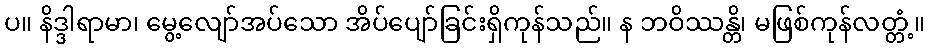
ပ။ နိဒ္ဒါရာမာ၊ မွေ့လျော်အပ်သော အိပ်ပျော်ခြင်းရှိကုန်သည်။ န ဘဝိဿန္တိ၊ မဖြစ်ကုန်လတ္တံ့။